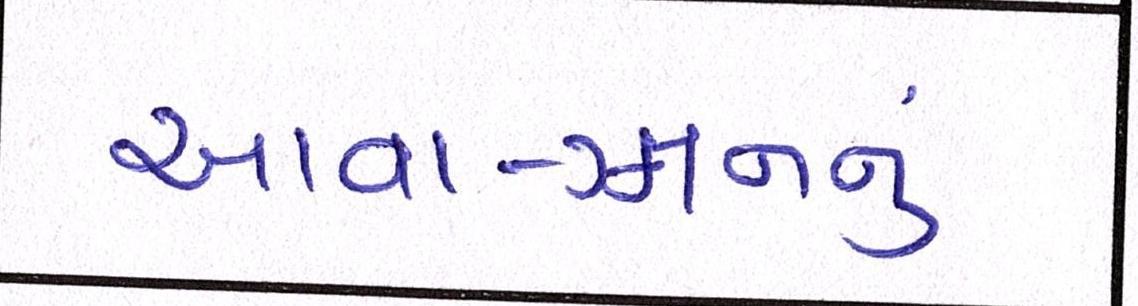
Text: આવા-ગમનનું